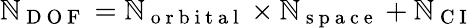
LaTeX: \mathbb{N}_{\mathrm{{~D~O~F~}}}=\mathbb{N}_{\mathrm{{~o~r~b~i~t~a~l~}}}\times\mathbb{N}_{\mathrm{{~s~p~a~c~e~}}}+\mathbb{N}_{\mathrm{{~C~I~}}}